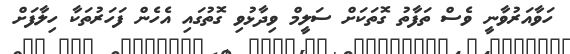
ހަވާއަރުވާނީ ވެސް ތަފާތު ގޮތަކަށް ސަލީމް ވިދާޅުވި ގޮތުގައި އެހެން ފަހަރުތަކާ ހިލާފަށް